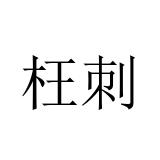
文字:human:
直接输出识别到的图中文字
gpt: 枉刺